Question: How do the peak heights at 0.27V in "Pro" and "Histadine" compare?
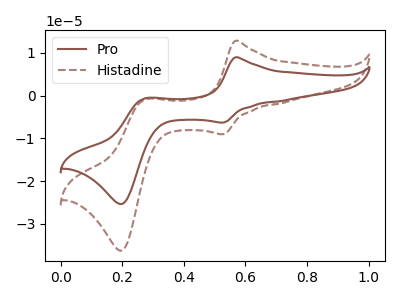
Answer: <think>The brown curve "Pro" has anodic peaks at (0.55V, 8.95uA) (0.25V, -0.60uA) and cathodic peaks at (0.55V, -6.30uA) (0.20V, -25.30uA). The brown dashed curve "Histadine" has anodic peaks at (0.55V, 12.80uA) (0.25V, -0.85uA) and cathodic peaks at (0.55V, -9.00uA) (0.20V, -36.25uA).</think>
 <answer>The peak at 0.27V is higher in "Pro" than in "Histadine".</answer>
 <eval>higher</eval>